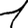
Digit: 1